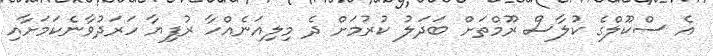
އެ ސްކޫލްގެ ކުލާސް ރޫމްތަށް ބަދަލު ކުރުމަށް ދެ މިލިއަނެއްހާ ރުފިޔާ ހަރަދުވާނެކަމަށާއި